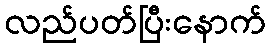
လည်ပတ်ပြီးနောက်